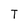
Character: T